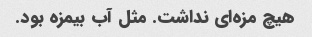
هیچ مزه‌ای نداشت. مثل آب بیمزه بود.